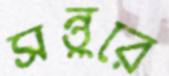
সন্তুরে